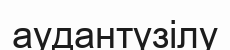
аудантүзілу